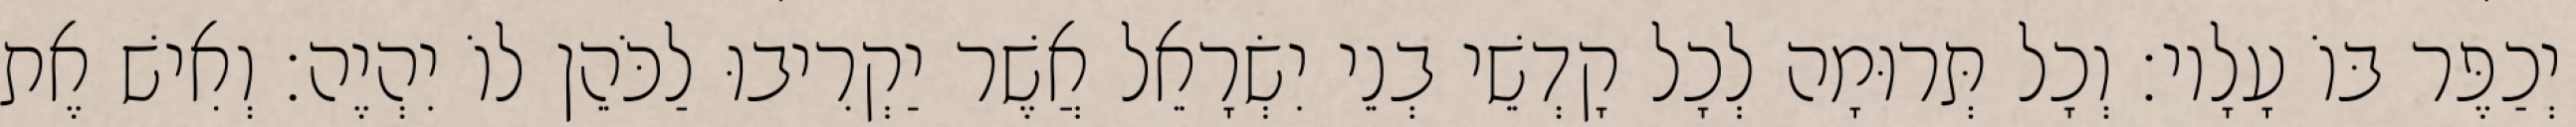
יְכַפֶּר בּוֹ עָלָיו׃ וְכָל תְּרוּמָה לְכָל קָדְשֵׁי בְנֵי יִשְׂרָאֵל אֲשֶׁר יַקְרִיבוּ לַכֹּהֵן לוֹ יִהְיֶה׃ וְאִישׁ אֶת